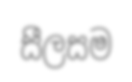
සීලසම